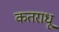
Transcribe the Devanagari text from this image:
कतराधू